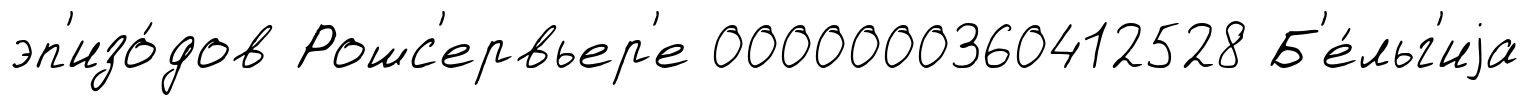
эп'изо́дов Рошс'ервьер'е 0000000360412528 Б'е́льг'иjа